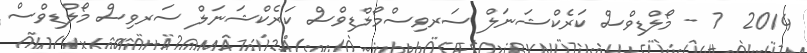
2014  7 - މޯލްޑިވްސް ކަރެކްޝަނަލް ސަރވިސްމޯލްޑިވްސް ކަރެކްޝަނަލް ސަރވިސް މޯލްޑިވްސް